Vaccination North-Western Provinces and Oudh 1896-1901 - 1896-1901
Year: 1896
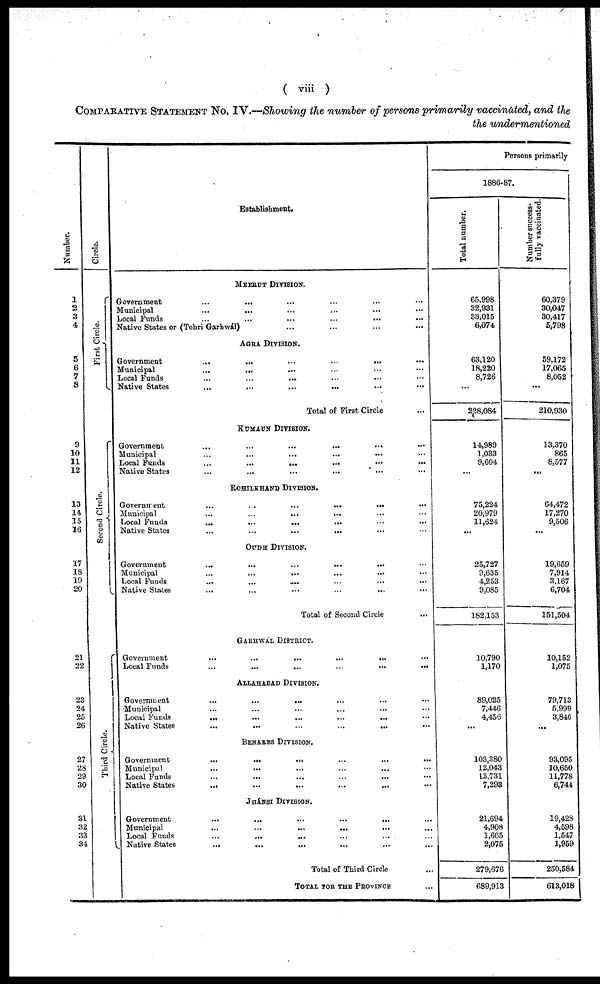
( viii )
COMPARATIVE STATEMENT No. IV.—Showing the number of persons primarily vaccinated, and the
the undermentioned
Number.
1
2
3
4
5
6
7
8
9
10
11
12
13
14
15
16
17
18
19
20
21
22
23
24
25
26
27
28
29
30
31
32
33
34
Circle.
First Circle.
Second Circle.
Third Circle.
Establishment.
MEERUT DIVISION.
Government ... ... ... ... ... ...
Municipal
...
...
...
...
...
...
Local Funds
...
...
...
...
...
Native States or (Tehri
Garhwál)...
...
...
...
...
...
...
AGRA DIVISION.
Government
...
...
...
...
...
...
Municipal
...
...
...
...
...
...
Local Funds... ... ... ... ...
Native States
...
...
...
...
...
Total of First Circle ...
KUMAUN DIVISION.
Government
...
...
...
...
...
...
Municipal ... ... ... ... ... ...
Local Funds
...
...
...
...
...
Native States ... ... ... ... ...
ROHILKHAND DIVISION.
Government
...
...
...
...
...
Municipal
...
...
...
...
...
Local Funds
...
...
...
...
...
...
Native States
...
...
...
...
...
...
OUDH DIVISION.
Government
...
...
...
...
...
...
Municipal
...
...
...
...
...
...
Local Funds
...
...
...
...
...
...
Native States
...
...
...
...
...
...
Total of Second Circle ...
GARHWAL DISTRICT.
Government
...
...
...
...
...
...
Local Funds
...
...
...
...
...
...
ALLAHABAD DIVISION.
Government
...
...
...
...
...
...
Municipal ... ... ... ... ... ...
Local Funds
...
...
...
...
...
Native States
...
...
...
...
...
...
BENARES DIVISION.
Government
...
...
...
...
...
...
Municipal ... ... ... ... ... ...
Local Funds ... ... ... ... ... ... ...
Native States
...
...
...
...
...
...
...
JHÁNSI DIVISION.
Government
...
...
...
...
...
...
...
Municipal ... ... ... ... ... ... ...
Local Funds
...
...
...
...
...
...
Native States
...
...
...
...
...
Total of Third Circle ...
TOTAL FOR THE PROVINCE ...
Persons primarily
1886-87.
Total number.
65,998
32,931
33,015
6,074
63,120
18,220
8,726
...
228,084
14,989
1,033
9,604
...
75,224
20,979
11,624
...
25,727
9,635
4,253
9,085
182,153
10,790
1,170
89,025
7,446
4,456
...
103,380
12,043
13,731
7,293
21,694
4,908
1,665
2,075
279,676
689,913
Number success-
fully vaccinated.
60,379
30,047
30,417
5,798
59,172
17,065
8,052
...
210,930
13,370
865
8,577
...
64,472
17,270
9,506
...
19,659
7,914
3,167
6,704
151,504
10,152
1,075
79,713
5,999
3,846
...
93,095
10,650
11,778
6,744
19,428
4,598
1,547
1,959
250,584
613,018